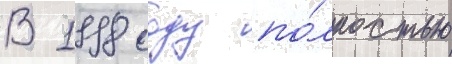
В 1998 году по́лностью